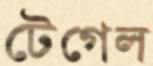
টেগেল